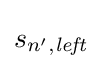
s_{n',{\mathit {left}}}